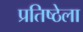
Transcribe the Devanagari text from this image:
प्रतिष्ठेला